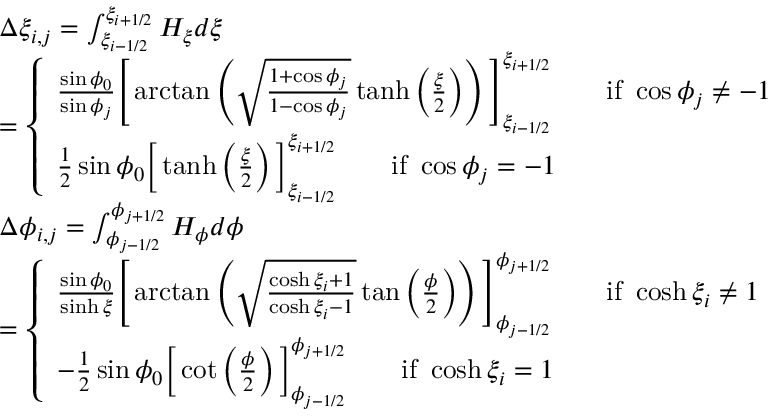
\begin{array} { r l } & { \begin{array} { r l } & { \Delta \xi _ { i , j } = \int _ { \xi _ { i - 1 / 2 } } ^ { \xi _ { i + 1 / 2 } } H _ { \xi } d \xi } \\ & { = \left\{ \begin{array} { l l } { \frac { \sin \phi _ { 0 } } { \sin \phi _ { j } } \Bigg [ \arctan \left( \sqrt { \frac { 1 + \cos \phi _ { j } } { 1 - \cos \phi _ { j } } } \operatorname { t a n h } \left( \frac { \xi } { 2 } \right) \right) \Bigg ] _ { \xi _ { i - 1 / 2 } } ^ { \xi _ { i + 1 / 2 } } \qquad \mathrm { i f ~ } \cos \phi _ { j } \ne - 1 } \\ { \frac { 1 } { 2 } \sin \phi _ { 0 } \bigg [ \operatorname { t a n h } \left( \frac { \xi } { 2 } \right) \bigg ] _ { \xi _ { i - 1 / 2 } } ^ { \xi _ { i + 1 / 2 } } \qquad \mathrm { i f ~ } \cos \phi _ { j } = - 1 } \end{array} \right. } \end{array} } \\ & { \begin{array} { r l } & { \Delta \phi _ { i , j } = \int _ { \phi _ { j - 1 / 2 } } ^ { \phi _ { j + 1 / 2 } } H _ { \phi } d \phi } \\ & { = \left\{ \begin{array} { l l } { \frac { \sin \phi _ { 0 } } { \sinh \xi } \Bigg [ \arctan \left( \sqrt { \frac { \cosh \xi _ { i } + 1 } { \cosh \xi _ { i } - 1 } } \tan \left( \frac { \phi } { 2 } \right) \right) \Bigg ] _ { \phi _ { j - 1 / 2 } } ^ { \phi _ { j + 1 / 2 } } \qquad \mathrm { i f ~ } \cosh \xi _ { i } \ne 1 } \\ { - \frac { 1 } { 2 } \sin \phi _ { 0 } \bigg [ \cot \left( \frac { \phi } { 2 } \right) \bigg ] _ { \phi _ { j - 1 / 2 } } ^ { \phi _ { j + 1 / 2 } } \qquad \mathrm { i f ~ } \cosh \xi _ { i } = 1 } \end{array} \right. } \end{array} } \end{array}